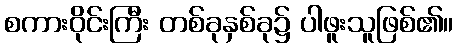
စကားဝိုင်းကြီး တစ်ခုနှစ်ခု၌ ပါဖူးသူဖြစ်၏။